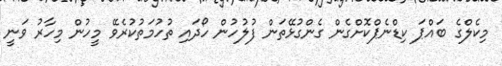
މިކެލްގެ ބައްޕަ ކިޑްނެޕްކޮށްގެން ގެންގުޅޭތަން ފުލުހުން ހޯދައި ތުހުމަތުކުރެވޭ މީހުން މިހާރު ވަނީ